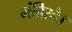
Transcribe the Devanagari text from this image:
मंदिरहै।